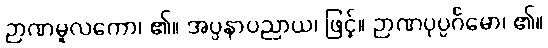
ဉာဏမူလကော၊ ၏။ အပ္ပနာပညာယ၊ ဖြင့်။ ဉာဏပုပ္ပင်္ဂမော၊ ၏။